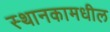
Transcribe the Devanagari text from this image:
स्थानकामधील